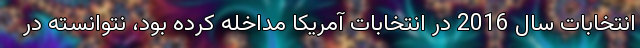
انتخابات سال 2016 در انتخابات آمریکا مداخله کرده بود، نتوانسته در